Civil Veterinary Dept. Bombay admin report 1893-99 - 1893-1899
Year: 1893
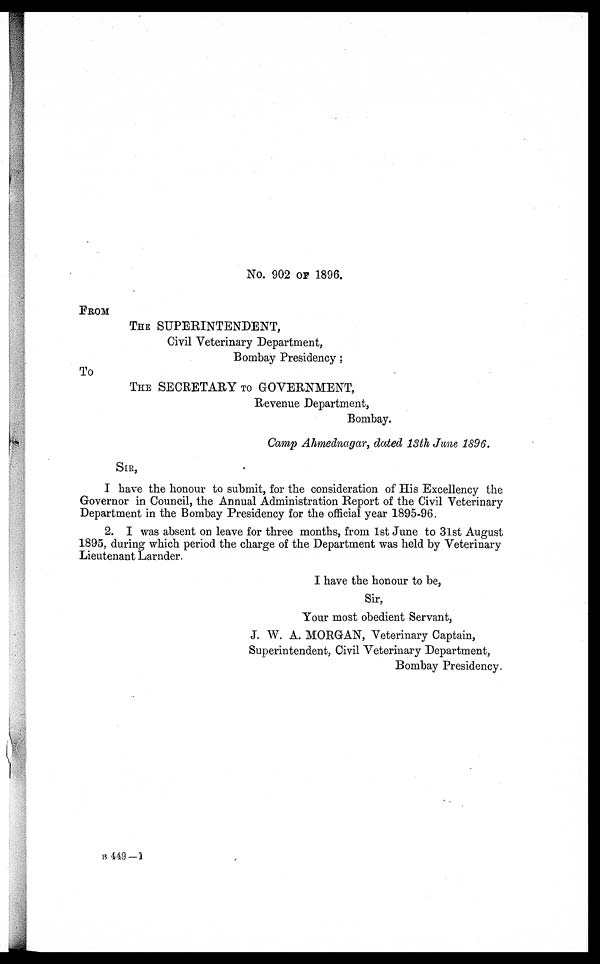
No. 902 OF 1896.
FROM
THE SUPERINTENDENT,
Civil Veterinary Department,
Bombay Presidency;
To
THE SECRETARY TO GOVERNMENT,
Revenue Department,
Bombay.
Camp Ahmednagar, dated 13th June 1896.
SIR,
I have the honour to submit, for the consideration of His Excellency the
Governor in Council, the Annual Administration Report of the Civil Veterinary
Department in the Bombay Presidency for the official year 1895-96.
2. I was absent on leave for three months, from 1st June to 31st August
1895, during which period the charge of the Department was held by Veterinary
Lieutenant Larnder.
I have the honour to be,
Sir,
Your most obedient Servant,
J. W. A. MORGAN, Veterinary Captain,
Superintendent, Civil Veterinary Department,
Bombay Presidency.
B 449 —1